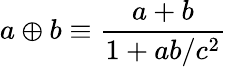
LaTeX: \displaystyle a\oplus b\equiv\frac{a+b}{1+ab/c^{2}}